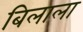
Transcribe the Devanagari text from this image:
बिलाला